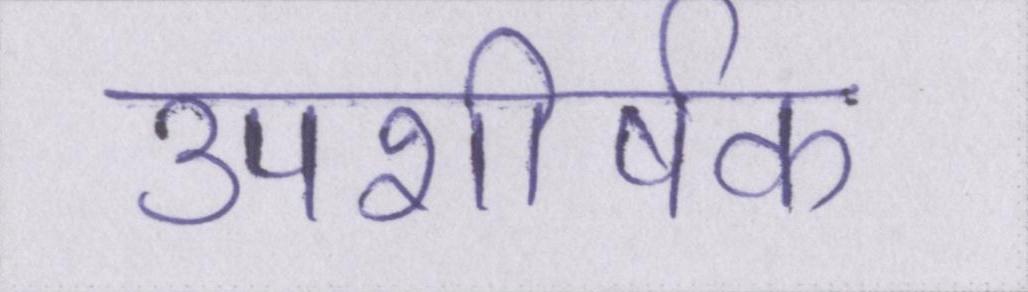
उपशीर्षक